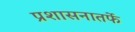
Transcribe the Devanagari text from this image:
प्रशासनातर्फे